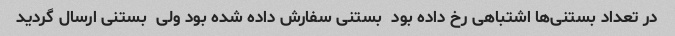
در تعداد بستنی‌ها اشتباهی رخ داده بود  بستنی سفارش داده شده بود ولی  بستنی ارسال گردید